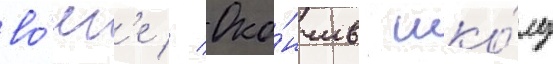
во́лг'е // Око́нчив шко́лу